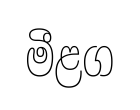
මීළග